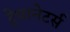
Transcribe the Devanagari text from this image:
ट्रेपानेटर्स